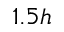
1 . 5 h